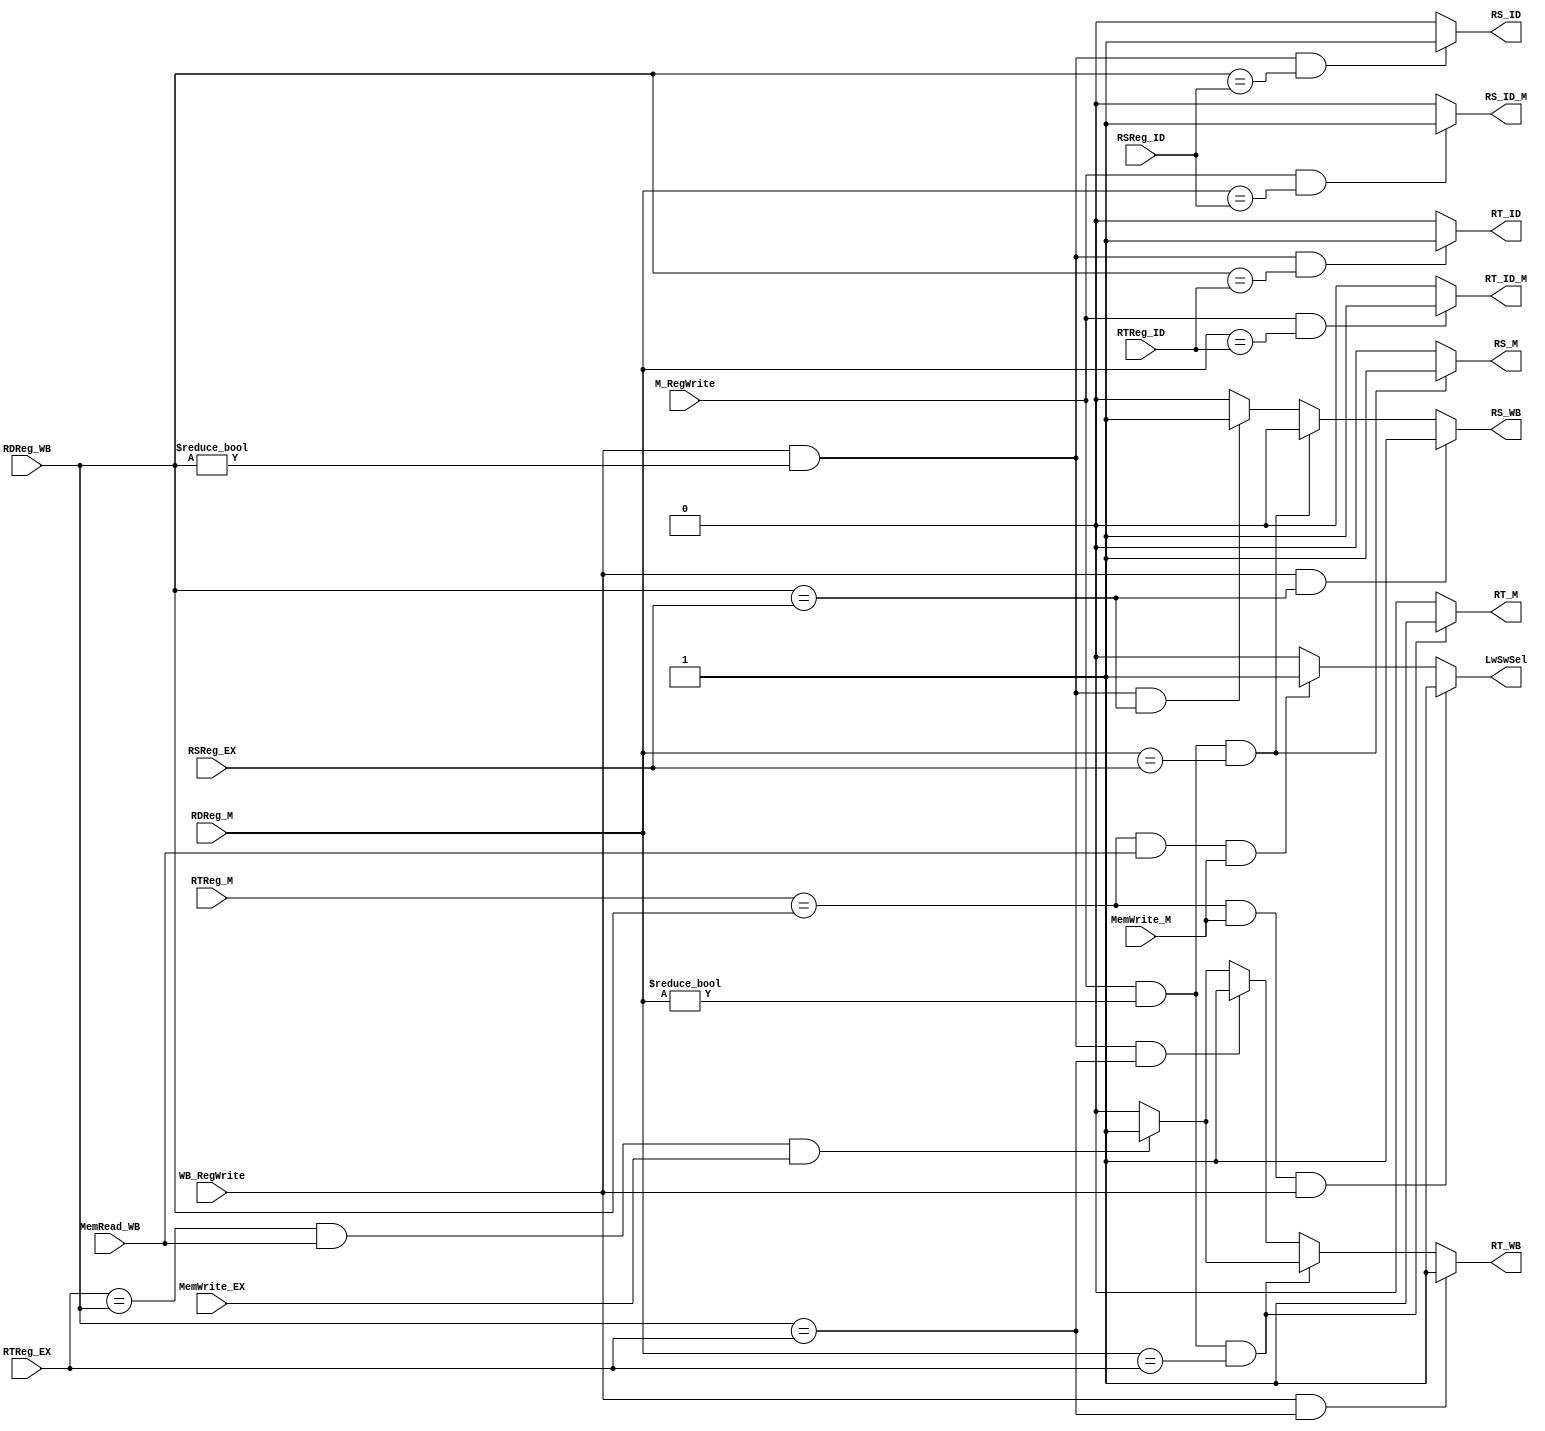
`timescale 1ns / 1ps
//////////////////////////////////////////////////////////////////////////////////
// ECE369 - Computer Architecture
// Name: Andrew Camps
// Module Name: ForwardingUnit
//////////////////////////////////////////////////////////////////////////////////


module ForwardingUnit(RSReg_ID, RTReg_ID, RSReg_EX, RTReg_EX, RTReg_M, RDReg_M, RDReg_WB, M_RegWrite, WB_RegWrite, MemRead_WB, MemWrite_M, MemWrite_EX, RS_ID, RT_ID, RS_M, RT_M, RS_WB, RT_WB, RS_ID_M, RT_ID_M, LwSwSel);

    input [4:0] RSReg_ID, RTReg_ID, RSReg_EX, RTReg_EX, RTReg_M, RDReg_M, RDReg_WB;
    input M_RegWrite, WB_RegWrite, MemRead_WB, MemWrite_M, MemWrite_EX;
    output reg RS_ID, RT_ID, RS_M, RT_M, RS_WB, RT_WB, RS_ID_M, RT_ID_M, LwSwSel;
    
    initial begin
        RS_ID <= 0;
        RT_ID <= 0;
        RS_M <= 0;
        RT_M <= 0;
        RS_WB <= 0;
        RT_WB <= 0;
        RS_ID_M <= 0;
        RT_ID_M <= 0;
        LwSwSel <= 0;
    end
    
    always @(*) begin
    
        RS_ID <= 0;
        RT_ID <= 0;
        RS_M <= 0;
        RT_M <= 0;
        RS_WB <= 0;
        RT_WB <= 0;
        RS_ID_M <= 0;
        RT_ID_M <= 0;
        LwSwSel <= 0;
        
        if(RTReg_M == RDReg_WB && MemRead_WB == 1 && MemWrite_M == 1)
            LwSwSel <= 1;
            
        if(RTReg_M == RDReg_WB && MemWrite_M == 1 && WB_RegWrite == 1)
            LwSwSel <= 1;
            
        if(RTReg_EX == RDReg_WB && MemRead_WB == 1 && MemWrite_EX == 1)
            RT_WB <= 1;
        
        if(WB_RegWrite == 1 && RDReg_WB != 0 && RDReg_WB == RSReg_ID)
            RS_ID <= 1;
            
        if(WB_RegWrite == 1 && RDReg_WB != 0 && RDReg_WB == RTReg_ID)
            RT_ID <= 1;
    
        if(M_RegWrite == 1 && RDReg_M != 0 && RDReg_M == RSReg_EX)
            RS_M <= 1;
        else if(WB_RegWrite == 1 && RDReg_WB != 0 && RDReg_WB == RSReg_EX)//~(M_RegWrite == 1 && RDReg_M != 0 && RDReg_M != RSReg_EX) && 
            RS_WB <= 1;
            
        if(M_RegWrite == 1 && RDReg_M != 0 && RDReg_M == RTReg_EX)
            RT_M <= 1;
        else if(WB_RegWrite == 1 && RDReg_WB != 0 && RDReg_WB == RTReg_EX)//~(M_RegWrite == 1 && RDReg_M != 0 && RDReg_M != RTReg_EX) && 
            RT_WB <= 1;
        
        if(M_RegWrite ==1 && RDReg_M == RSReg_ID)
            RS_ID_M <= 1;
        if(M_RegWrite ==1 && RDReg_M == RTReg_ID)
            RT_ID_M <= 1;
          
          if(WB_RegWrite == 1 && RDReg_WB == RSReg_EX) 
                RS_WB <= 1;
          if(WB_RegWrite == 1 && RDReg_WB == RTReg_EX) 
                RT_WB <= 1;
                          
                
            
        
    end

endmodule